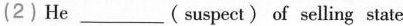
(2)He___( suspect) of selling state